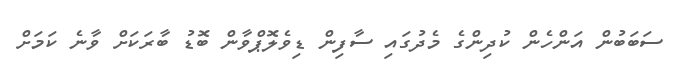
ސަބަބުން އަންހެން ކުދިންގެ މެދުގައި ސާފިން ޑިވެލޮޕްވާން ބޮޑު ބާރަކަށް ވާނެ ކަމަށް